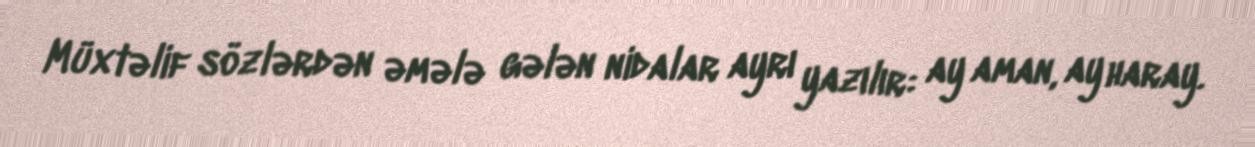
Müxtəlif sözlərdən əmələ gələn nidalar ayrı yazılır: ay aman, ay haray.